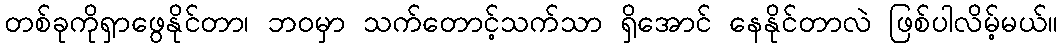
တစ်ခုကိုရှာဖွေနိုင်တာ၊ ဘဝမှာ သက်တောင့်သက်သာ ရှိအောင် နေနိုင်တာလဲ ဖြစ်ပါလိမ့်မယ်။